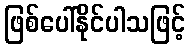
ဖြစ်ပေါ်နိုင်ပါသဖြင့်